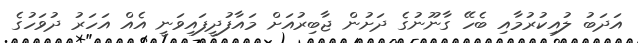
އަދަބު ލުއިކުރުމާއި ބެހޭ ގާނޫނުގެ ދަށުން ޖާބިރުއަށް މައާފުދީފައިވަނީ އެއް އަހަރު ދުވަހުގެ